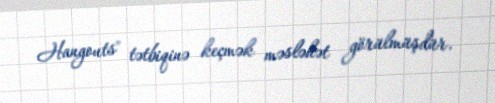
Hangouts" tətbiqinə keçmək məsləhət görülmüşdür.